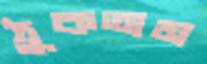
ঠুকতাম